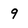
Character: 9